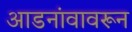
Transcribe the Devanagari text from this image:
आडनांवावरून